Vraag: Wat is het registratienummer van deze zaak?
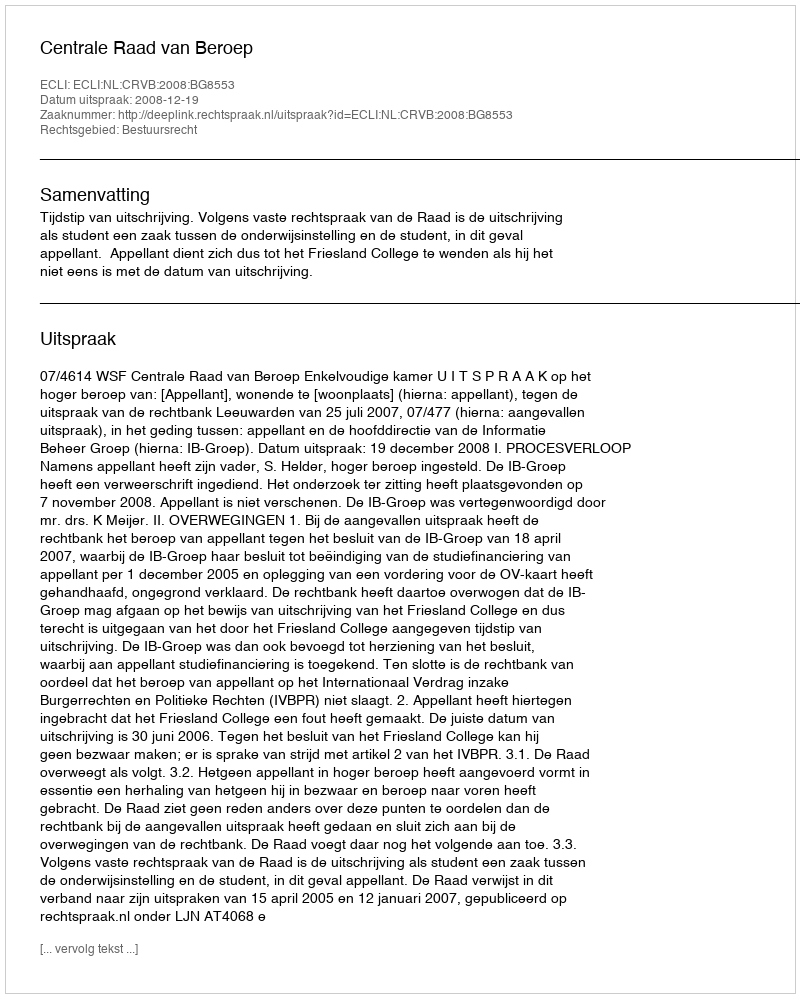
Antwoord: http://deeplink.rechtspraak.nl/uitspraak?id=ECLI:NL:CRVB:2008:BG8553